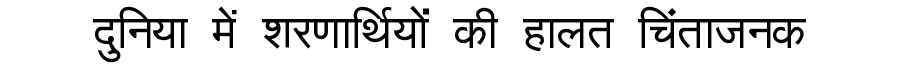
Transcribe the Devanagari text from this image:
दुनिया में शरणार्थियों की हालत चिंताजनक